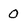
Character: O